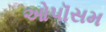
ઓપૉસમ